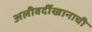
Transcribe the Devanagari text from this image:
अलीवर्दीखानाची